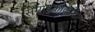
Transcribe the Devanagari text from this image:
सेमाइक्रोक्रेडिट